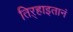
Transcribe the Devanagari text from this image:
तिऱ्हाइतानं